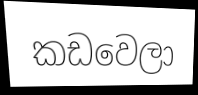
කඩවෙලා